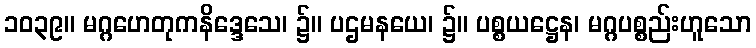
၁၀၃၉။ မဂ္ဂဟေတုကနိဒ္ဒေသေ၊ ၌။ ပဌမနယေ၊ ၌။ ပစ္စယဋ္ဌေန၊ မဂ္ဂပစ္စည်းဟူသော